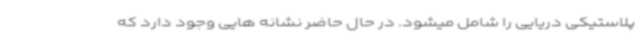
پلاستیکی دریایی را شامل میشود. در حال حاضر نشانه هایی وجود دارد که